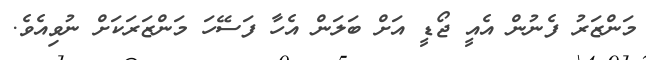
މަންޒަރު ފެނުން އެއީ ޖޯޑީ އަށް ބަލަން އެހާ ފަސޭހަ މަންޒަރަކަށް ނުވިއެވެ.